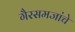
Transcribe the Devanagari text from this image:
गैरसमजांचे